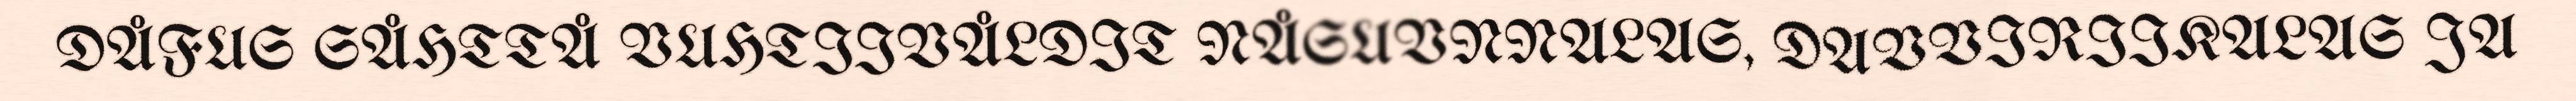
DÅFUS SÅHTTÅ VUHTIIVÅLDIT NÅSUVNNALAS, DAVVIRIIKALAS JA